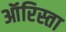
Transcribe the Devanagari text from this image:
ऑरिस्ता